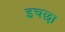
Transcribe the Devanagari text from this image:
इचछा